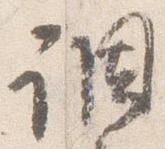
調